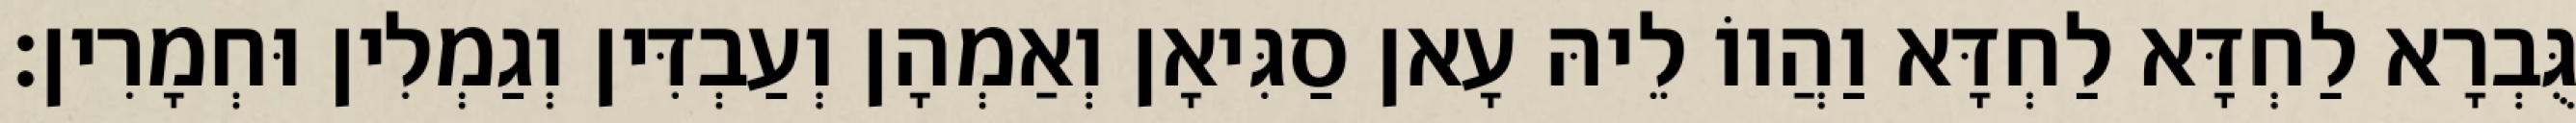
גֻּבְרָא לַחְדָּא לַחְדָּא וַהֲווֹ לֵיהּ עָאן סַגִּיאָן וְאַמְהָן וְעַבְדִּין וְגַמְלִין וּחְמָרִין׃